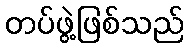
တပ်ဖွဲ့ဖြစ်သည်